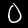
Label: 0